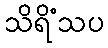
သိရိံသပ